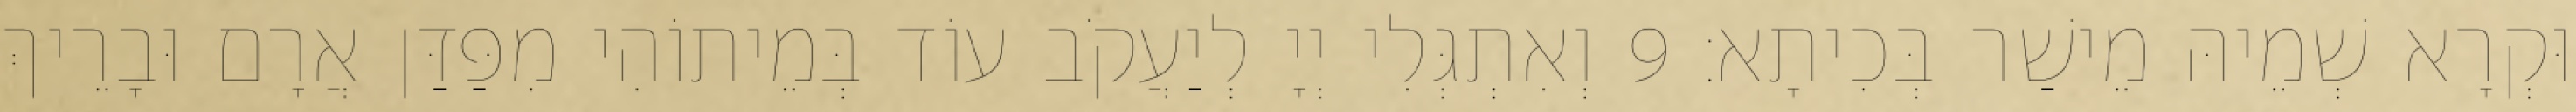
וּקְרָא שְׁמֵיהּ מֵישַׁר בְּכִיתָא׃ 9 וְאִתְגְּלִי יְיָ לְיַעֲקֹב עוֹד בְּמֵיתוֹהִי מִפַּדַּן אֲרָם וּבָרֵיךְ